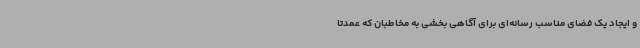
و ایجاد یک فضای مناسب رسانه‌ای برای آگاهی بخشی به مخاطبان که عمدتا